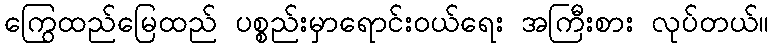
ကြွေထည်မြေထည် ပစ္စည်းမှာရောင်းဝယ်ရေး အကြီးစား လုပ်တယ်။